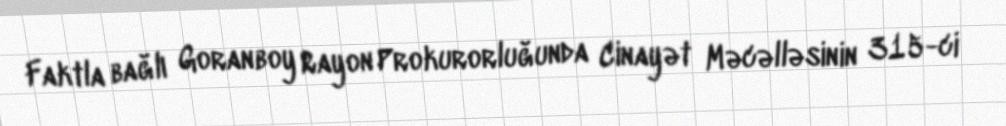
Faktla bağlı Goranboy Rayon Prokurorluğunda Cinayət Məcəlləsinin 315-ci